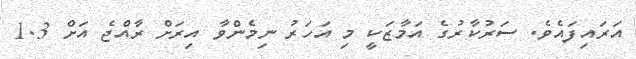
އަރައިފައެވެ. ސަރުކާރުގެ އަމާޒަކީ މި އަހަރު ނިމެންވާ އިރަށް ރާއްޖެ އަށް 1.3